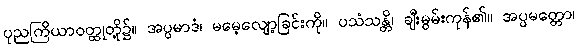
ပုညကြိယာဝတ္ထုတို့၌။ အပ္ပမာဒံ၊ မမေ့လျော့ခြင်းကို။ ပသံသန္တိ၊ ချီးမွမ်းကုန်၏။ အပ္ပမတ္တော၊